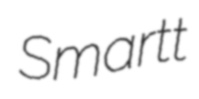
Smartt